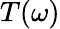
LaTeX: T(\omega)